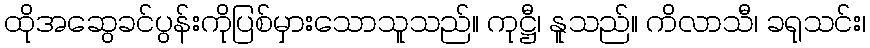
ထိုအဆွေခင်ပွန်းကိုပြစ်မှားသောသူသည်။ ကုဋ္ဌီ၊ နူသည်။ ကိလာသီ၊ ခရုသင်း၊